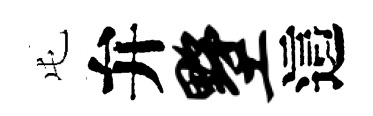
屯弁墅這